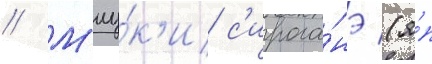
// М'иу́к'и с'ирога́нэ (я́п